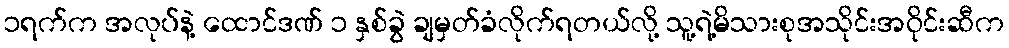
၁ရက်က အလုပ်နဲ့ ထောင်ဒဏ် ၁ နှစ်ခွဲ ချမှတ်ခံလိုက်ရတယ်လို့ သူ့ရဲ့မိသားစုအသိုင်းအဝိုင်းဆီက